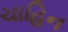
ચાહિન